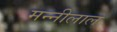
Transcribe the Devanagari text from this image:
मन्नीलाल